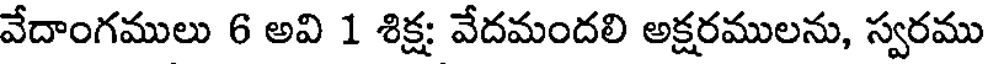
వేదాంగములు 6 అవి 1 శిక్ష వేదమందలి అక్షరములను, స్వరము